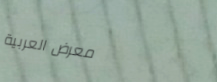
معرض العربية